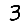
Digit: 3